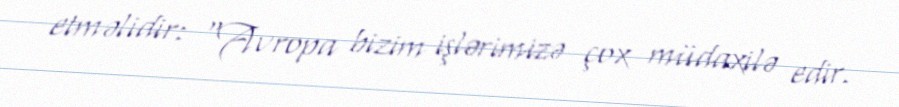
etməlidir: “Avropa bizim işlərimizə çox müdaxilə edir.